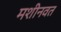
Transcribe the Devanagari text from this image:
मशीनवत